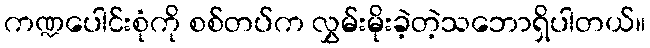
ကဏ္ဍပေါင်းစုံကို စစ်တပ်က လွှမ်းမိုးခဲ့တဲ့သဘောရှိပါတယ်။